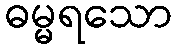
ဓမ္မရသော